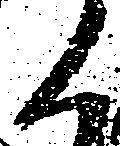
く